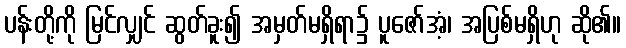
ပန်းတို့ကို မြင်လျှင် ဆွတ်ခူး၍ အမှတ်မရှိရာ၌ ပူဇော်အံ့၊ အပြစ်မရှိဟု ဆို၏။